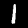
Digit: 1